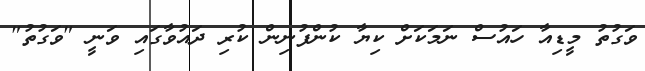
ވަގުތު މީޑިއާ ހައުސް ނަމަކަށް ކިޔާ ކުންފުނިން ކުރި ދައުވާގައި ވަނީ "ވަގުތު"